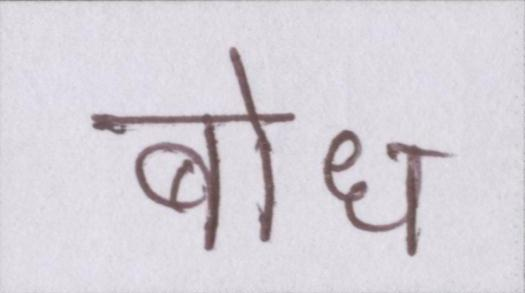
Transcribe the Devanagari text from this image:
बोध